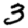
Digit: 3